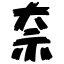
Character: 奈